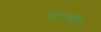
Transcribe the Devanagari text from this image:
अनाबोले